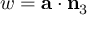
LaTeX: w = \mathbf { a } \cdot \mathbf { n } _ { 3 }